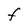
Character: F